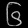
Digit: ၆